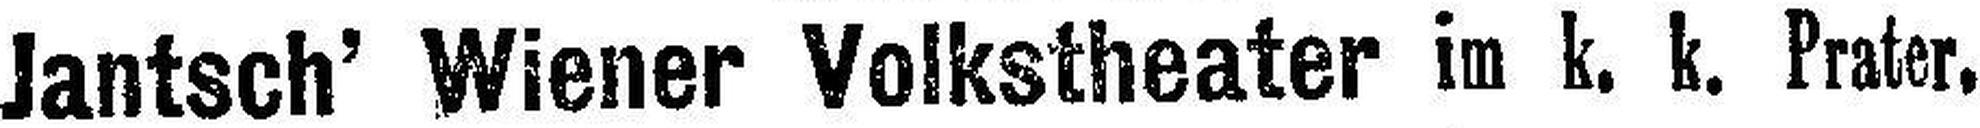
Jantsch’ Wiener Volkstheater im k. k. Prater.